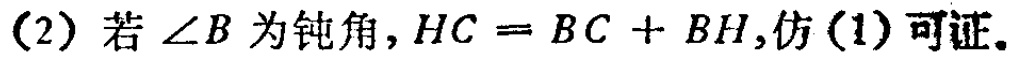
(2) 若\(\angle B\)为钝角，\(HC = BC + BH\)，仿(1)可证。